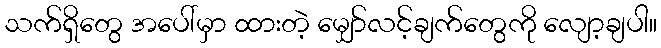
သက်ရှိတွေ အပေါ်မှာ ထားတဲ့ မျှော်လင့်ချက်တွေကို လျော့ချပါ။